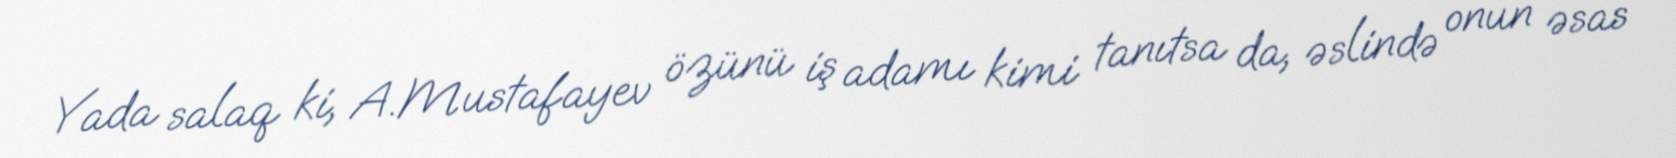
Yada salaq ki, A.Mustafayev özünü iş adamı kimi tanıtsa da, əslində onun əsas